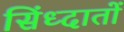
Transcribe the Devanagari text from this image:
सिंध्दातों